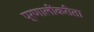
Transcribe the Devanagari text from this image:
प्रणालींकरीता